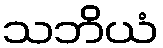
သဘိယံ